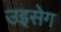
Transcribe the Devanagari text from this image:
उइसेग